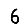
Digit: 6